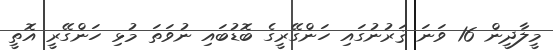
މީލާދީން 16 ވަނަ ޤަރުނުގައި ހަންގޭރީގެ ބޮޑުބައި ނުވަތަ މުޅި ހަންގޭރީ އޮތީ